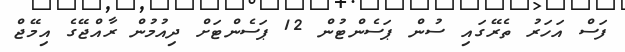
ފަސް އަހަރު ތެރޭގައި ސުން ޕަސެންޓުން 12 ޕަސެންޓަށް ދިއުމުން ރާއްޖޭގެ އިމޭޖް